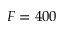
F = 4 0 0